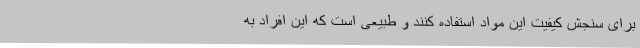
برای سنجش کیفیت این مواد استفاده کنند و طبیعی است که این افراد به